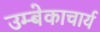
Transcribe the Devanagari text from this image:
उम्बेकाचार्य